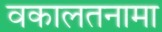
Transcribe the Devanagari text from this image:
वकालतनामा